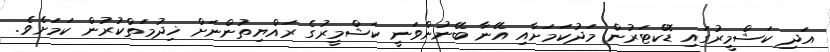
އަދި ކަޝްމީރުގައި ޑޮކްޓަރުން މަދުކަމަށާއި އޭނާ ބޭނުންވަނީ ކަޝްމީރުގެ ރައްޔިތުންނަށް ޚިދުމަތްކުރުން ކަމަށެވެ.